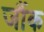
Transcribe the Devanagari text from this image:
जौंक